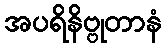
အပရိနိဗ္ဗုတာနံ